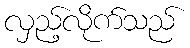
လှည့်လိုက်သည်